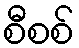
စီစစ်